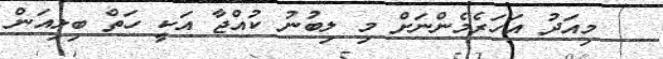
މިއަދު އަހަރެމެންނަށް މި ލިބުނު ކުއްޖާ އަކީ ހަތް ބިލިއަން